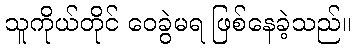
သူကိုယ်တိုင် ဝေခွဲမရ ဖြစ်နေခဲ့သည်။